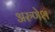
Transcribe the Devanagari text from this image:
अरुणेश